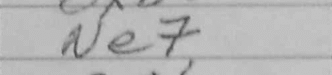
Transcription: Ne7